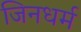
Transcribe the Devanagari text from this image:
जिनधर्म